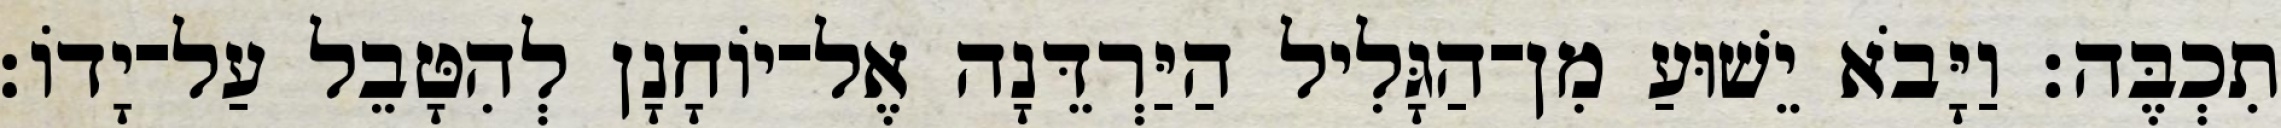
תִכְבֶּה׃ וַיָּבֹא יֵשׁוּעַ מִן־הַגָּלִיל הַיַּרְדֵּנָה אֶל־יוֹחָנָן לְהִטָּבֵל עַל־יָדוֹ׃